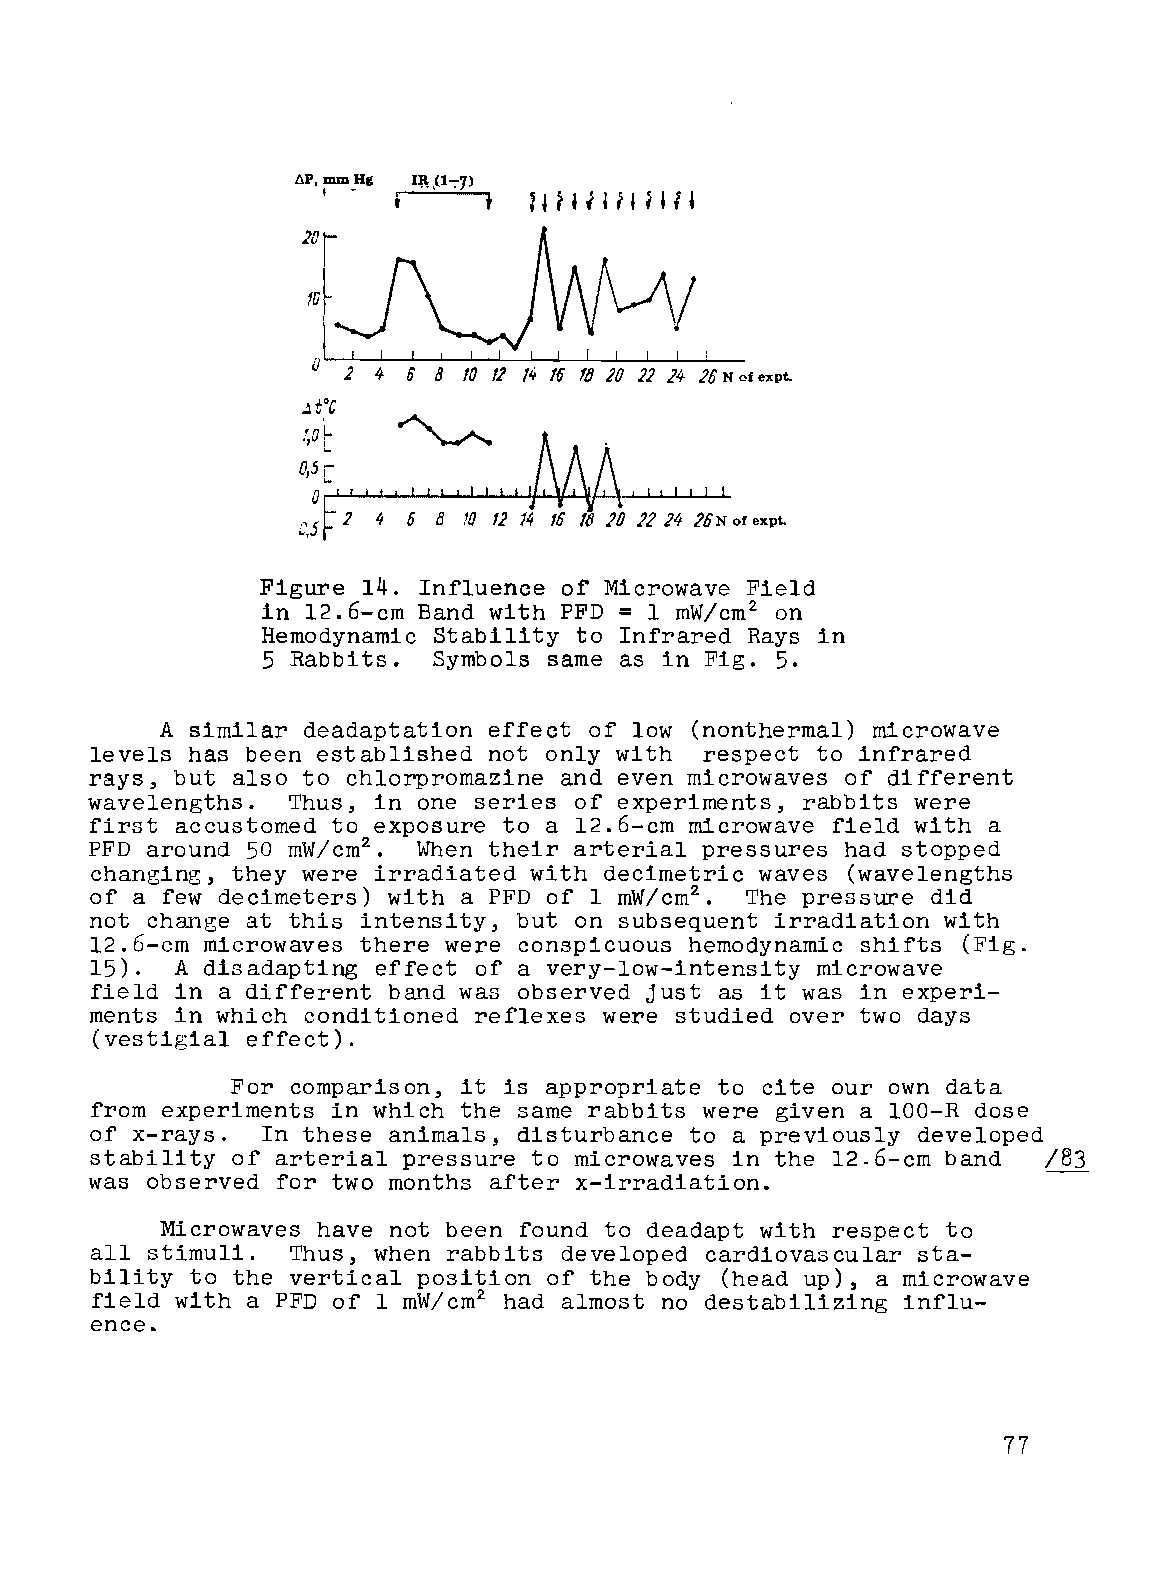
I I I I
 2     8 10 12 14 f/J 20 22 14 2& N at expt.
 0,5
 O~~~~~~~~~~~~~~~~
 D,5
 Figure 14. Influence of Microwave Field
 in l2.6-cm Band with PFD = 1 mW/cm2 on
 Hemodynamic Stability to Infrared Rays in
 5 Rabbits.  Symbols same as in Fig. 5.
 A similar deadaptation effect of low (nonthermal) microwave
 levels has been established not only with respect to infrared
 rays, but also to chlorpromazine and even microwaves of different
 wavelengths. Thus, in one series of experiments, rabbits were
 first accustomed to exposure to a l2.6-cm microwave field with a
 PFD around 50 mW/cm2  When their arterial pressures had stopped
 •
 changing, they were irradiated with decimetric waves (wavelengths
 of a few decimeters) with a PFD of 1 mW/cm2 The pressure did
 •
 not change at this intensity, but on subsequent irradiation with
 l2.6-cm microwaves there were conspicuous hemodynamic shifts (Fig.
 15).  A disadapting effect of a very-low-intensity microwave
 field in a different band was observed just as it was in experi­
 ments in which conditioned reflexes were studied over two days
 (ves   al effect).
 For comparison, it is appropriate to cite our own data
 from experiments in which the same rabbits were given a 100-R dose
 of x-rays. In these animals, disturbance to a previously developed
 stability of arterial pressure to microwaves in the 12 6-cm band /83
 was observed for two months after x-irradiation.               --­
 Microwaves have not been found to deadapt with respect to
 all stimuli. Thus, when rabbits developed cardiovascular sta­
 bility to the vertical position of the body (head up), a microwave
 field with a PFD of 1 mW/cm2 had almost no destabilizing influ­
 ence.
 77